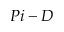
P i - D